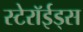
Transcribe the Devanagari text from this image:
स्टेरॉईड्स